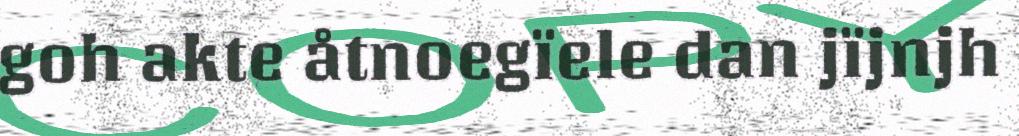
goh akte åtnoegïele dan jïjnjh